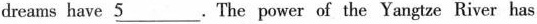
dreams have \underline{5}.The power of the Yangtze River has